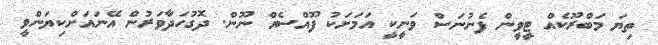
ތިޔަ މަބްރޫކެއް ޓީވީން ފެނުނަސް ވަނީކީ އަމަށަކު ފޫއްސެއް ނޫން. ދޮގުހަދާވަރުން އޭނައަށްކިޔަންވީ